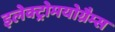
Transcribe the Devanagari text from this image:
इलेक्ट्रोमयोग्रैम्स